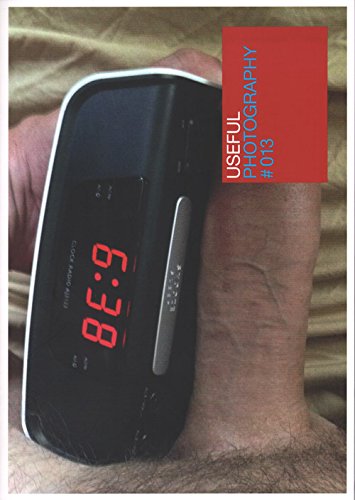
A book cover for Useful Photography #13: Enjoy A Day In The Life Of Dick; E.a. Erik Kessels; Arts & Photography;